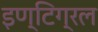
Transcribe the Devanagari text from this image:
इण्टिग्रल